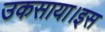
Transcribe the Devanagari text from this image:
उकसाया।इस